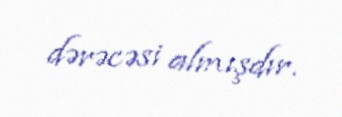
dərəcəsi almışdır.